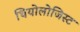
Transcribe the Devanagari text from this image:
थियोलोजिस्ट